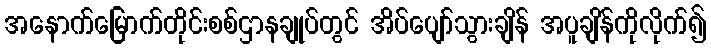
အနောက်မြောက်တိုင်းစစ်ဌာနချုပ်တွင် အိပ်ပျော်သွားချိန် အပူချိန်ကိုလိုက်၍